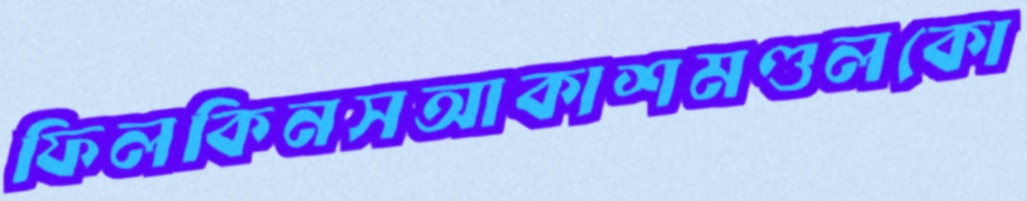
ফিলকিনসআকাশমণ্ডলকো